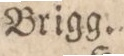
Brigg.